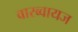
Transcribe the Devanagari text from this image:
वारब्वायज